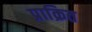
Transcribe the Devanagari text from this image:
प्राक्रित